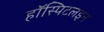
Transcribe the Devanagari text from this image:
हॉस्पिटलइन